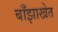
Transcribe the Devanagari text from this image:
बाँझाखेत